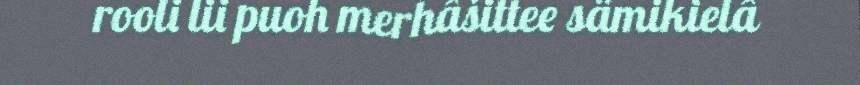
rooli lii puoh merhâšittee sämikielâ